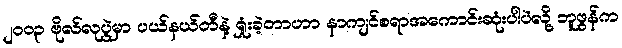
၂၀၀၃ ဗိုလ်လုပွဲမှာ ပယ်နယ်တီနဲ့ ရှုံးခဲ့တာဟာ နာကျင်စရာအကောင်းဆုံးပါပဲလို့ ဘူဖွန်က